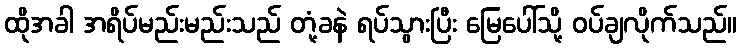
ထိုအခါ အရိပ်မည်းမည်းသည် တုံ့ခနဲ ရပ်သွားပြီး မြေပေါ်သို့ ဝပ်ချလိုက်သည်။